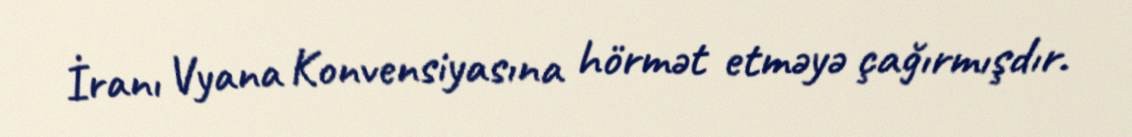
İranı Vyana Konvensiyasına hörmət etməyə çağırmışdır.